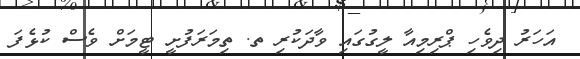
އަހަރު ދިވެހި ޕްރިމިއާ ލީގުގައި ވާދަކުރި ތ. ތިމަރަފުށީ ޓީމަށް ވެސް ކުޅެފަ